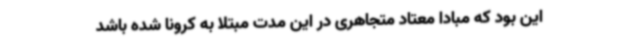
این بود که مبادا معتاد متجاهری در این مدت مبتلا به کرونا شده باشد